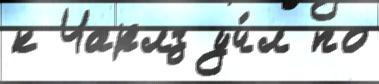
к Чарлз уч́л по